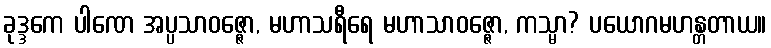
ခုဒ္ဒကေ ပါဏေ အပ္ပသာဝဇ္ဇော, မဟာသရီရေ မဟာသာဝဇ္ဇော, ကသ္မာ? ပယောဂမဟန္တတာယ။